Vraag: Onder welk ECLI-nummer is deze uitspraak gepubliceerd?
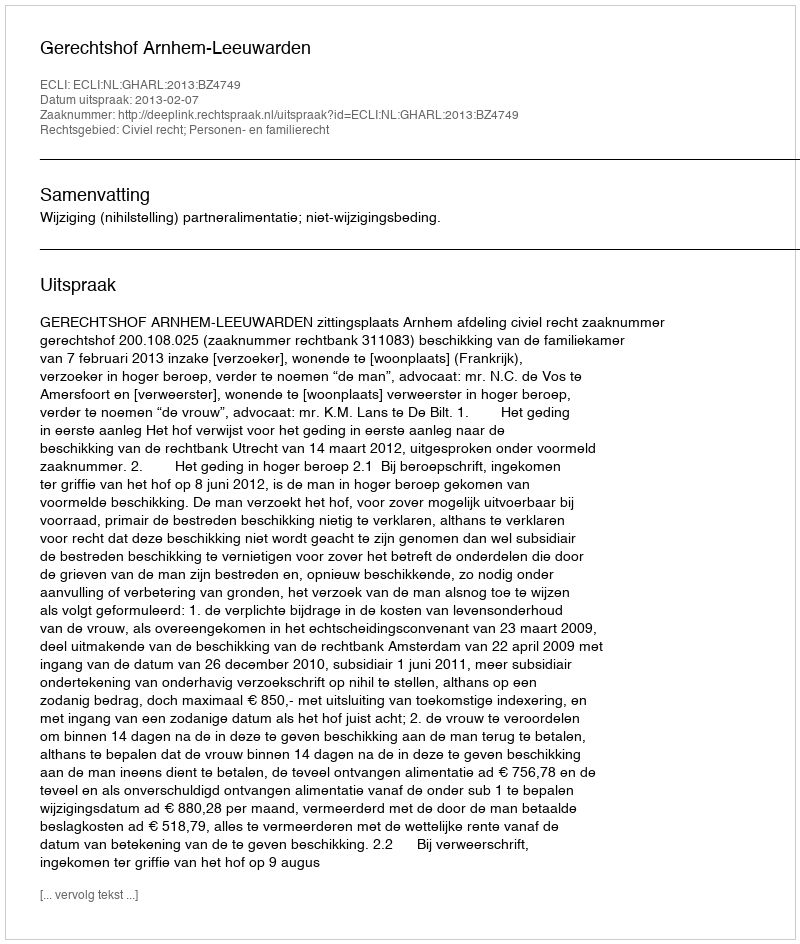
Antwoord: ECLI:NL:GHARL:2013:BZ4749